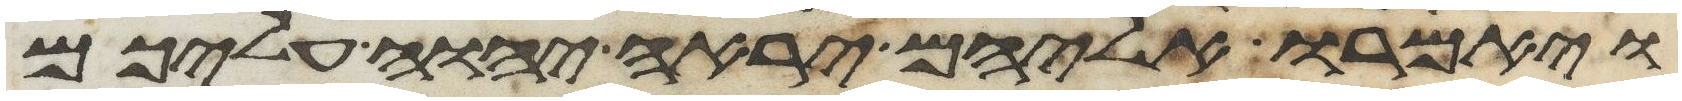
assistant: ויאמרו אליהם יראה יהוה עליכם